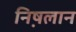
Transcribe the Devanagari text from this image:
निष़लान